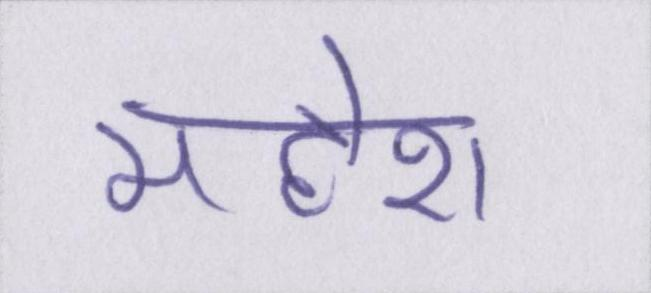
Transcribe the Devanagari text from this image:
महेश